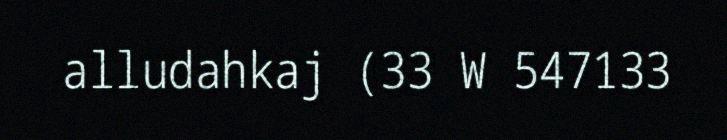
alludahkaj (33 W 547133